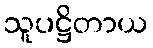
သူပဋ္ဌိတာယ